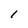
Character: I